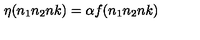
\eta ( n _ { 1 } n _ { 2 } n k ) = \alpha f ( n _ { 1 } n _ { 2 } n k )